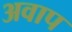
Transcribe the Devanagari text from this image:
अवाप